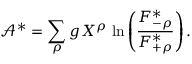
\mathcal { A } ^ { \ast } = \sum _ { \rho } g _ { \sf } { X } ^ { \rho } \, \ln \left( \frac { F _ { - \rho } ^ { \ast } } { F _ { + \rho } ^ { \ast } } \right) .